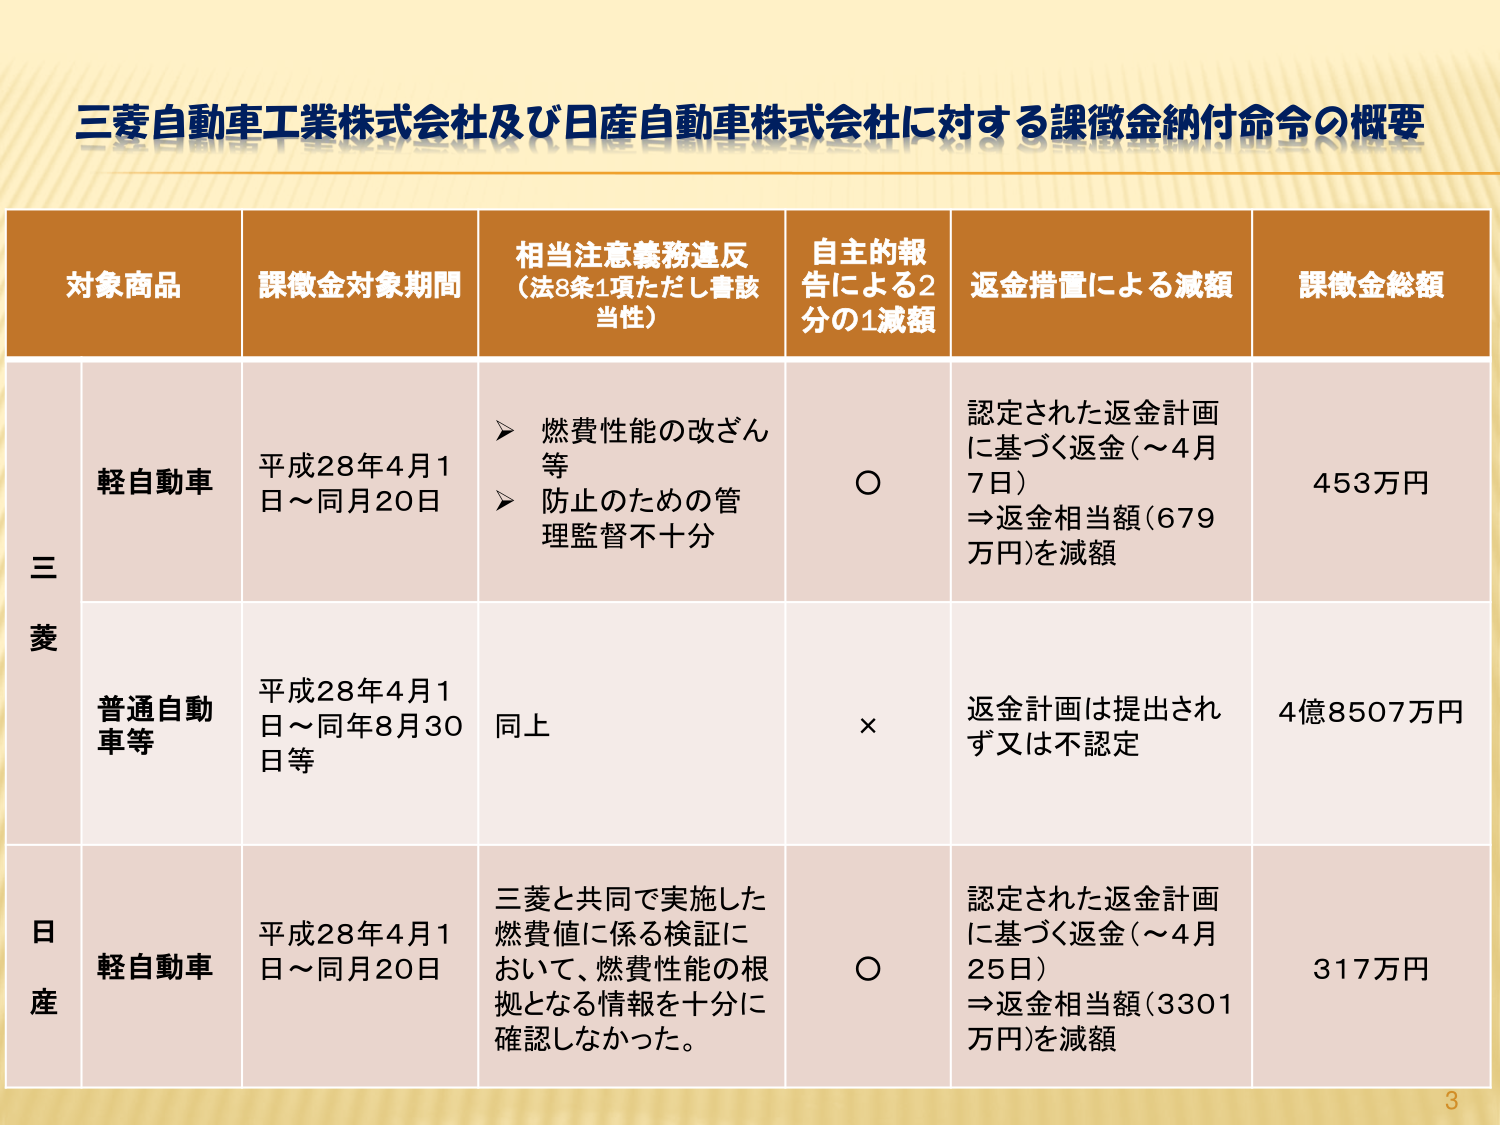
三菱自動車工業株式会社及び日産自動車株式会社に対する課徴金納付命令の概要

対象商品　課徴金対象期間　相当注意義務違反（法8条1項ただし書該当性）　自主的報告による2分の1減額　返金措置による減額　課徴金総額

三菱
　軽自動車　平成28年4月1日～同月20日　▶燃費性能の改ざん等　▶防止のための管理監督不十分　○　認定された返金計画に基づく返金（～4月7日）⇒返金相当額（679万円）を減額　453万円
　普通自動車等　平成28年4月1日～同年8月30日等　同上　×　返金計画は提出されず又は不認定　4億8507万円

日産
　軽自動車　平成28年4月1日～同月20日　三菱と共同で実施した燃費値に係る検証において、燃費性能の根拠となる情報を十分に確認しなかった。　○　認定された返金計画に基づく返金（～4月25日）⇒返金相当額（3301万円）を減額　317万円

3